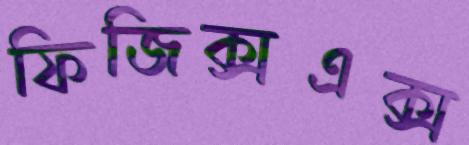
ফিজিক্সএক্স